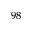
^ { 9 8 }